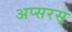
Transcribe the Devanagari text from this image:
अप्सरस्